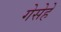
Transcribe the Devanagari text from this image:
गेसेहें